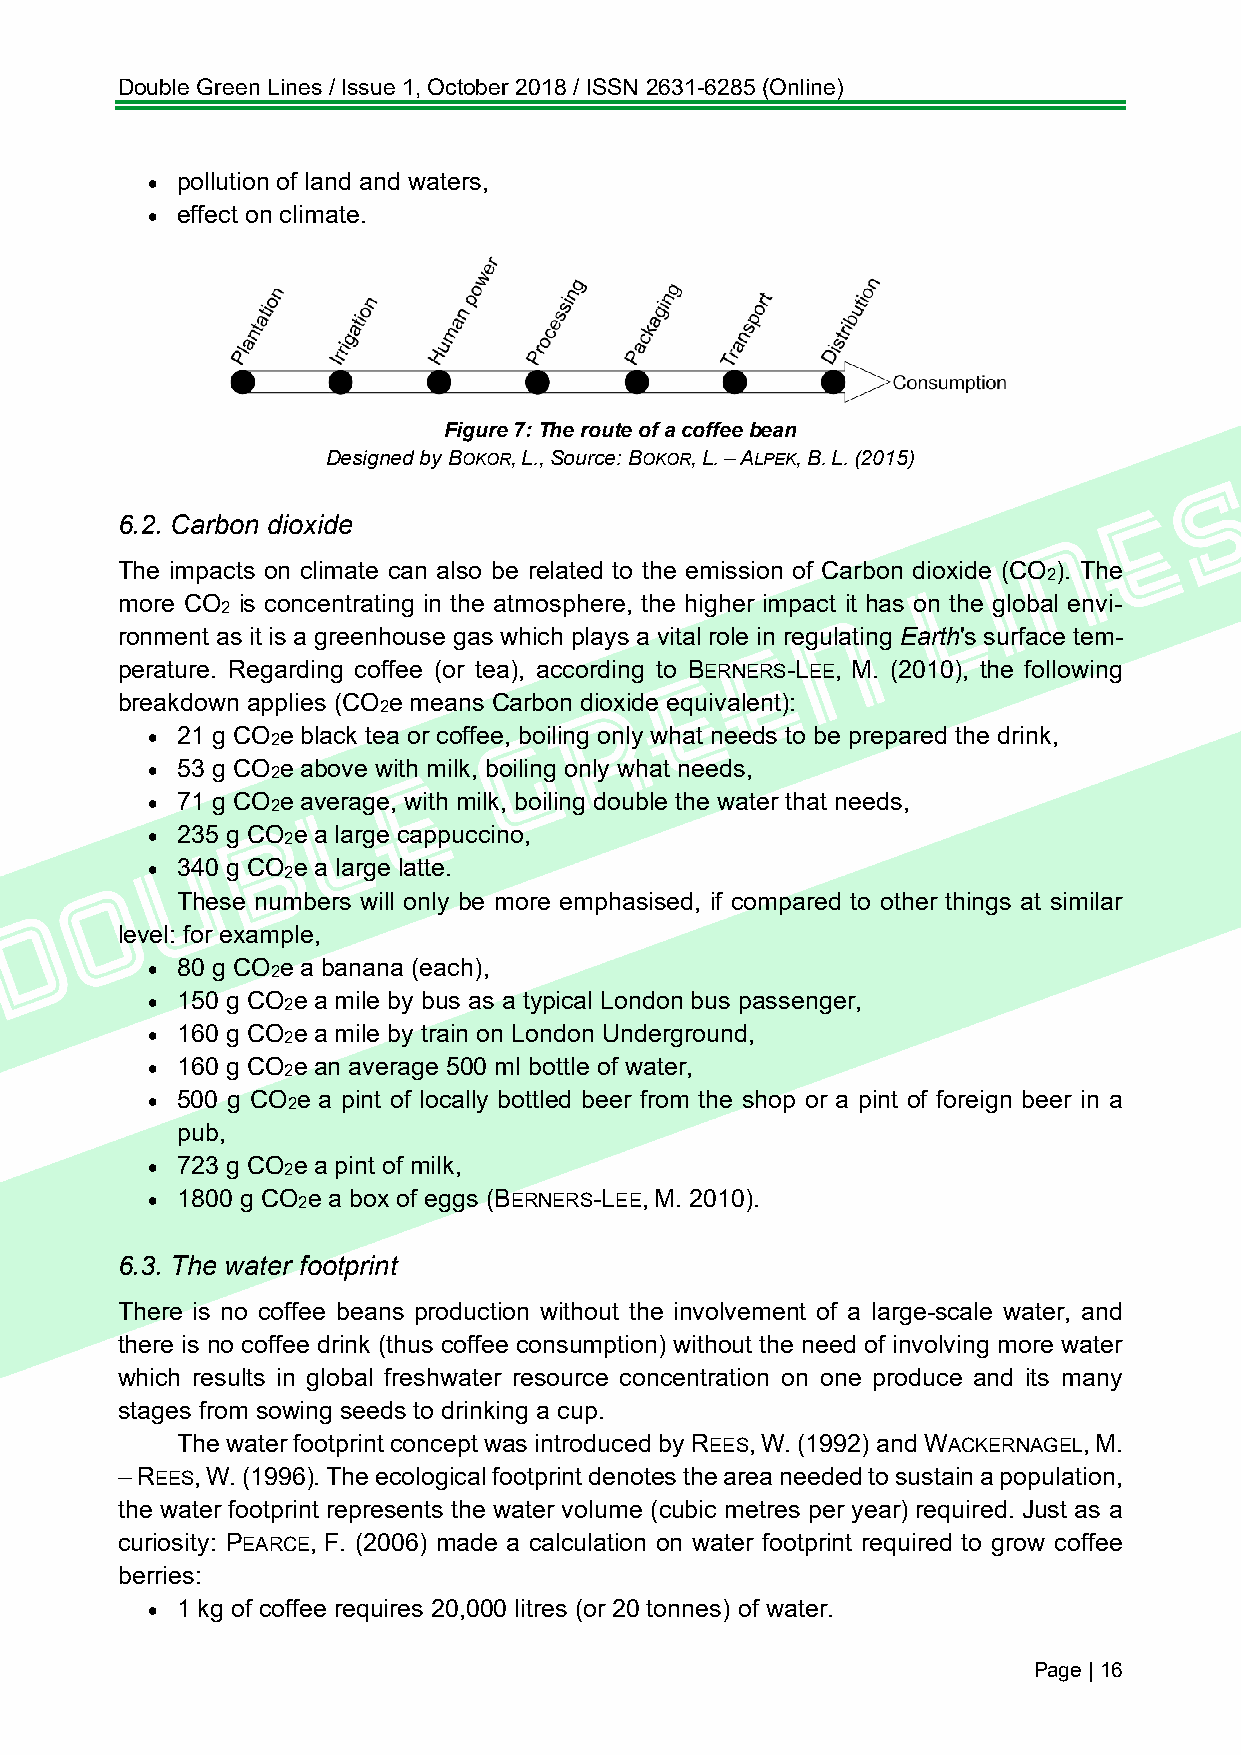
Double Green Lines / Issue 1, October 2018 / ISSN 2631-6285 (Online)
 • pollution of land and waters,
 • effect on climate.
 Figure 7: The route of a coffee bean
 Designed by BOKOR, L., Source: BOKOR, L. – ALPEK, B. L. (2015)
 6.2. Carbon dioxide
 The impacts on climate can also be related to the emission of Carbon dioxide (CO ). The
 2
 more CO is concentrating in the atmosphere, the higher impact it has on the global envi-
 2
 ronment as it is a greenhouse gas which plays a vital role in regulating Earth's surface tem-
 perature. Regarding coffee (or tea), according to BERNERS-LEE, M. (2010), the following
 breakdown applies (CO e means Carbon dioxide equivalent):
 2
 • 21 g CO 2e black tea or coffee, boiling only what needs to be prepared the drink,
 • 53 g CO 2e above with milk, boiling only what needs,
 • 71 g CO 2e average, with milk, boiling double the water that needs,
 • 235 g CO 2e a large cappuccino,
 • 340 g CO 2e a large latte.
 These numbers will only be more emphasised, if compared to other things at similar
 level: for example,
 • 80 g CO 2e a banana (each),
 • 150 g CO 2e a mile by bus as a typical London bus passenger,
 • 160 g CO 2e a mile by train on London Underground,
 • 160 g CO 2e an average 500 ml bottle of water,
 • 500 g CO 2e a pint of locally bottled beer from the shop or a pint of foreign beer in a
 pub,
 • 723 g CO 2e a pint of milk,
 • 1800 g CO 2e a box of eggs (BERNERS-LEE, M. 2010).
 6.3. The water footprint
 There is no coffee beans production without the involvement of a large-scale water, and
 there is no coffee drink (thus coffee consumption) without the need of involving more water
 which results in global freshwater resource concentration on one produce and its many
 stages from sowing seeds to drinking a cup.
 The water footprint concept was introduced by REES, W. (1992) and WACKERNAGEL, M.
 – REES, W. (1996). The ecological footprint denotes the area needed to sustain a population,
 the water footprint represents the water volume (cubic metres per year) required. Just as a
 curiosity: PEARCE, F. (2006) made a calculation on water footprint required to grow coffee
 berries:
 • 1 kg of coffee requires 20,000 litres (or 20 tonnes) of water.
 Page | 16